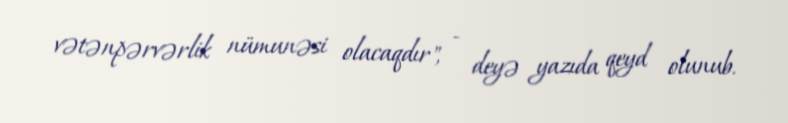
vətənpərvərlik nümunəsi olacaqdır", - deyə yazıda qeyd olunub.